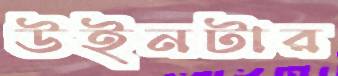
উইনটার